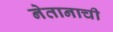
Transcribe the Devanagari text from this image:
नेतानाची